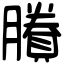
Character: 賸